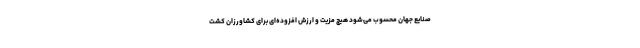
صنایع جهان محسوب می‌شود هیچ مزیت و ارزش افزوده‌ای برای کشاورزانِ کشتِ